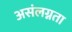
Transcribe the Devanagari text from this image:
असंलग्नता